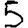
Digit: 5